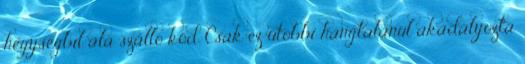
hegységbıl alá szálló köd. Csak ez utóbbi hangtalanul akadályozta